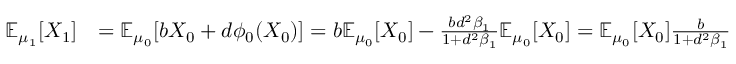
\begin{array} { r l } { \mathbb { E } _ { \mu _ { 1 } } [ X _ { 1 } ] } & { = \mathbb { E } _ { \mu _ { 0 } } [ b X _ { 0 } + d \phi _ { 0 } ( X _ { 0 } ) ] = b \mathbb { E } _ { \mu _ { 0 } } [ X _ { 0 } ] - \frac { b d ^ { 2 } \beta _ { 1 } } { 1 + d ^ { 2 } \beta _ { 1 } } \mathbb { E } _ { \mu _ { 0 } } [ X _ { 0 } ] = \mathbb { E } _ { \mu _ { 0 } } [ X _ { 0 } ] \frac { b } { 1 + d ^ { 2 } \beta _ { 1 } } } \end{array}